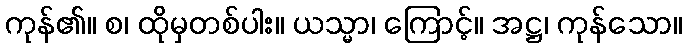
ကုန်၏။ စ၊ ထိုမှတစ်ပါး။ ယသ္မာ၊ ကြောင့်။ အဋ္ဌ၊ ကုန်သော။